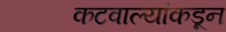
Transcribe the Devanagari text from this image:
कटवाल्यांकडून